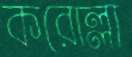
করোল্লা